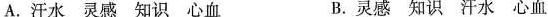
A.汗水灵感知识心血 B.灵感知识汗水心血